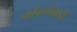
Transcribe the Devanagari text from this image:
कोकणेवाडी